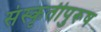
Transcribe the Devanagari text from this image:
संस्कृतीपुरूष